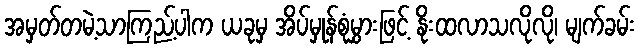
အမှတ်တမဲ့သာကြည့်ပါက ယခုမှ အိပ်မှုန်စုံမွှားဖြင့် နိုးထလာသလိုလို၊ မျက်ခမ်း